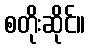
စတိုးဆိုင်။